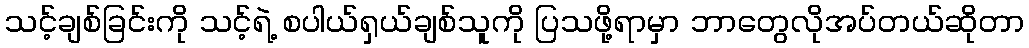
သင့်ချစ်ခြင်းကို သင့်ရဲ့ စပါယ်ရှယ်ချစ်သူကို ပြသဖို့ရာမှာ ဘာတွေလိုအပ်တယ်ဆိုတာ